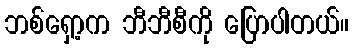
ဘစ်ရှော့က ဘီဘီစီကို ပြောပါတယ်။